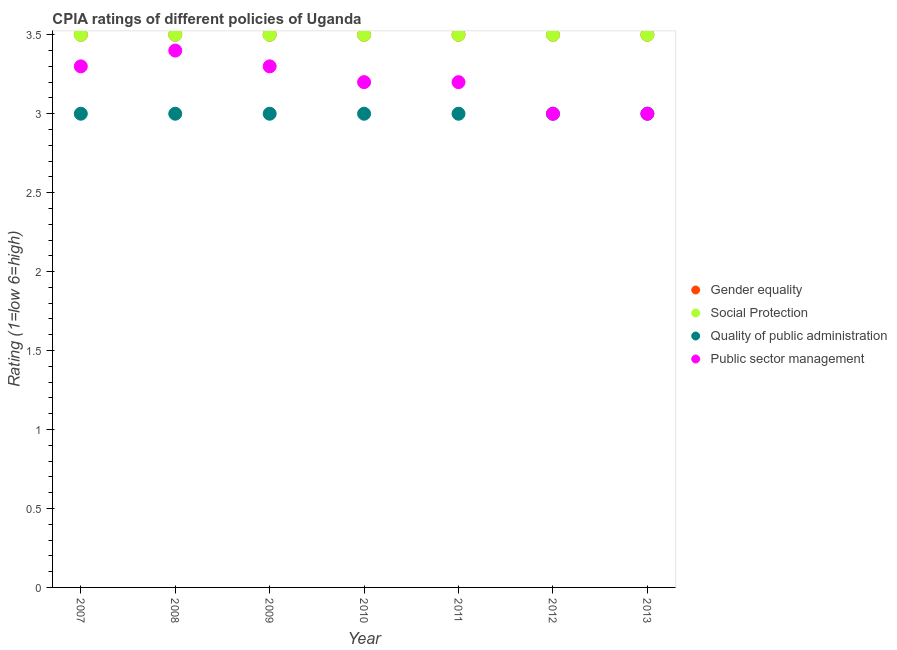
| Year | Gender equality | Social Protection | Quality of public administration | Public sector management |
 | --- | --- | --- | --- | --- |
 | 2007 | 3.5 | 3.5 | 3 | 3.3 |
 | 2008 | 3.5 | 3.5 | 3 | 3.4 |
 | 2009 | 3.5 | 3.5 | 3 | 3.3 |
 | 2010 | 3.5 | 3.5 | 3 | 3.2 |
 | 2011 | 3.5 | 3.5 | 3 | 3.2 |
 | 2012 | 3.5 | 3.5 | 3 | 3 |
 | 2013 | 3.5 | 3.5 | 3 | 3 |